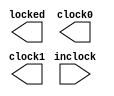
module pll1 ( 
	inclock, 
	locked, 
	clock0, 
	clock1); 
/* synthesis black_box */ 
	input	  inclock; 
	output	  locked; 
	output	  clock0; 
	output	  clock1; 
 
/* synopsys translate_off */ 
	wire  sub_wire0; 
	wire  sub_wire1; 
	wire  sub_wire2; 
	wire  clock0 = sub_wire0; 
	wire  clock1 = sub_wire1; 
	wire  locked = sub_wire2; 
 
	altclklock	altclklock_component ( 
				.inclock (inclock), 
				.clock0 (sub_wire0), 
				.clock1 (sub_wire1), 
				.locked (sub_wire2)); 
	defparam 
		altclklock_component.inclock_period = 10000, 
		altclklock_component.clock0_boost = 100, 
		altclklock_component.clock1_boost = 200, 
		altclklock_component.operation_mode = "NORMAL", 
		altclklock_component.valid_lock_cycles = 5, 
		altclklock_component.invalid_lock_cycles = 5, 
		altclklock_component.valid_lock_multiplier = 5, 
		altclklock_component.invalid_lock_multiplier = 5, 
		altclklock_component.clock0_divide = 1, 
		altclklock_component.clock1_divide = 1, 
		altclklock_component.outclock_phase_shift = 0; 
 
/* synopsys translate_on */ 
endmodule